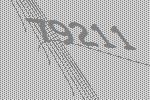
79211